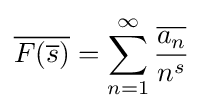
{\overline {F({\overline {s}})}}=\sum _{n=1}^{\infty }{\frac {\overline {a_{n}}}{n^{s}}}